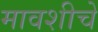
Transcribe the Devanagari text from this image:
मावशीचे